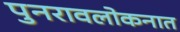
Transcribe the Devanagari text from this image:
पुनरावलोकनात